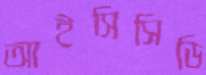
আইসিসিডি